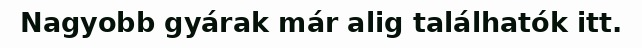
Nagyobb gyárak már alig találhatók itt.